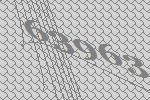
63963